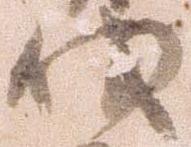
伐